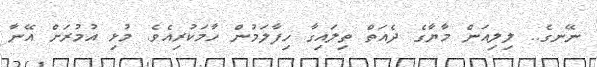
ނޭނގެ.. ލިލިއަން މާޔާގެ ދެއަތް ތިލައިގާ ހިފާލަމުން ހާމަކުރިއެވެ. މުޅި އުމުރަށް އޭނާ